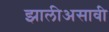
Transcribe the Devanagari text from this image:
झालीअसावी